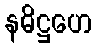
နဓိဋ္ဌဟေ